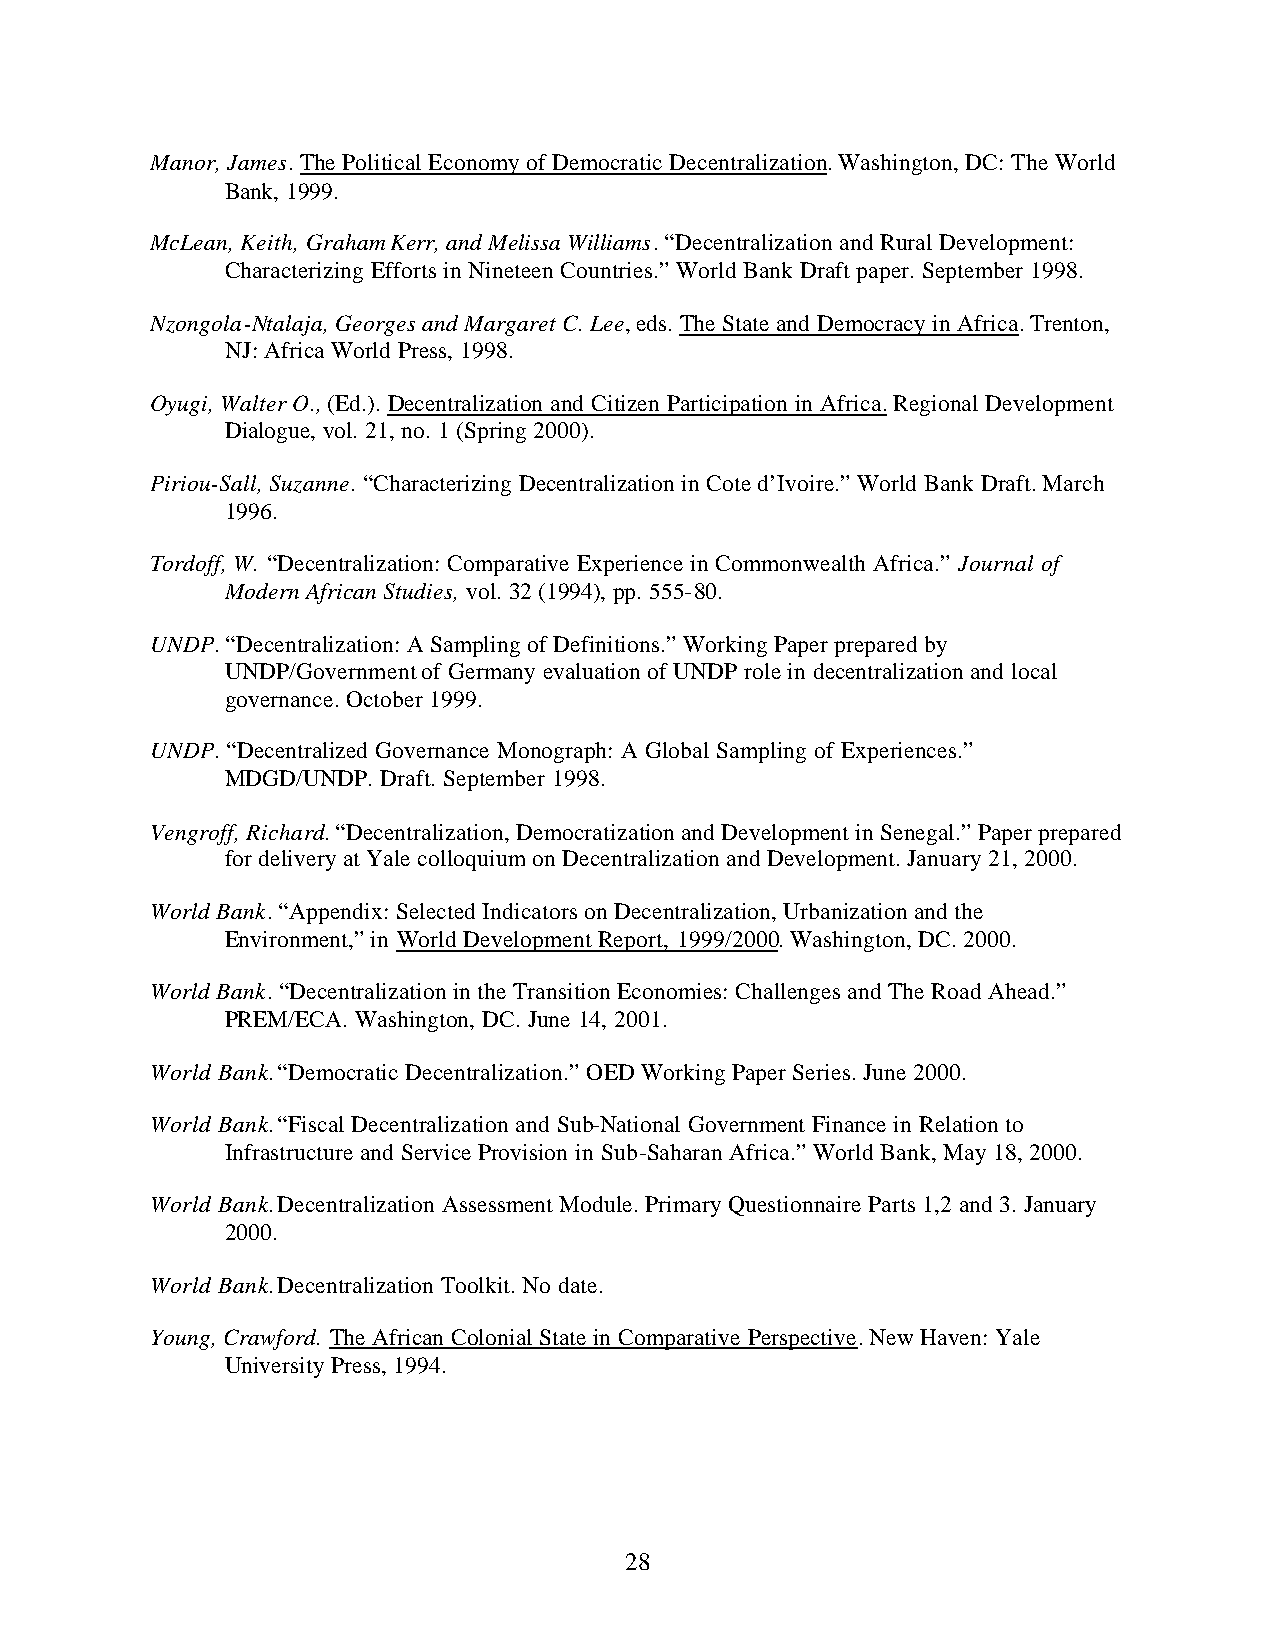
Manor, James. The Political Economy of Democratic Decentralization. Washington, DC: The World
 Bank, 1999.
 McLean, Keith, Graham Kerr, and Melissa Williams. “Decentralization and Rural Development:
 Characterizing Efforts in Nineteen Countries.” World Bank Draft paper. September 1998.
 Nzongola-Ntalaja, Georges and Margaret C. Lee, eds. The State and Democracy in Africa. Trenton,
 NJ: Africa World Press, 1998.
 Oyugi, Walter O., (Ed.). Decentralization and Citizen Participation in Africa. Regional Development
 Dialogue, vol. 21, no. 1 (Spring 2000).
 Piriou-Sall, Suzanne. “Characterizing Decentralization in Cote d’Ivoire.” World Bank Draft. March
 1996.
 Tordoff, W. “Decentralization: Comparative Experience in Commonwealth Africa.” Journal of
 Modern African Studies, vol. 32 (1994), pp. 555-80.
 UNDP. “Decentralization: A Sampling of Definitions.” Working Paper prepared by
 UNDP/Government of Germany evaluation of UNDP role in decentralization and local
 governance. October 1999.
 UNDP. “Decentralized Governance Monograph: A Global Sampling of Experiences.”
 MDGD/UNDP. Draft. September 1998.
 Vengroff, Richard. “Decentralization, Democratization and Development in Senegal.” Paper prepared
 for delivery at Yale colloquium on Decentralization and Development. January 21, 2000.
 World Bank. “Appendix: Selected Indicators on Decentralization, Urbanization and the
 Environment,” in World Development Report, 1999/2000. Washington, DC. 2000.
 World Bank. “Decentralization in the Transition Economies: Challenges and The Road Ahead.”
 PREM/ECA. Washington, DC. June 14, 2001.
 World Bank. “Democratic Decentralization.” OED Working Paper Series. June 2000.
 World Bank. “Fiscal Decentralization and Sub-National Government Finance in Relation to
 Infrastructure and Service Provision in Sub-Saharan Africa.” World Bank, May 18, 2000.
 World Bank. Decentralization Assessment Module. Primary Questionnaire Parts 1,2 and 3. January
 2000.
 World Bank. Decentralization Toolkit. No date.
 Young, Crawford. The African Colonial State in Comparative Perspective. New Haven: Yale
 University Press, 1994.
 28